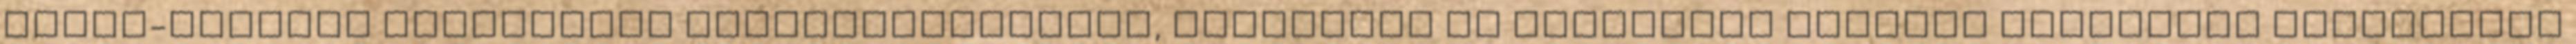
Ebola-járvány társadalmi elégedetlenséget, politikai és gazdasági krízist teremtett Libériában